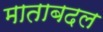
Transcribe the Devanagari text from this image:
माताबदल